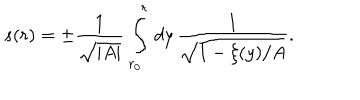
LaTeX: s ( r ) = \pm \frac { 1 } { \sqrt { \vert A \vert } } \, \int _ { r _ { 0 } } ^ { r } \, d y \, \frac { 1 } { \sqrt { 1 - \xi ( y ) / A } } .